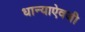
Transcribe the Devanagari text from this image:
धान्याऐवजी